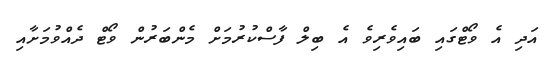
އަދި އެ ވޯޓްގައި ބައިވެރިވެ އެ ބިލް ފާސްކުރުމަށް މެންބަރުން ވޯޓް ދެއްވުމަށާއި